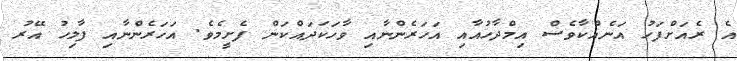
އެ ރެއަށްފަހު އަނެއްކާވެސް އިމްދާހުއާއި އަހަރެންނާއި ވާހަކަދައްކަން ފެށީމެވެ. އަަހަރެންނާއި ފާލިހު އޭރު